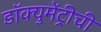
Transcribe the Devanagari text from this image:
डॉक्युमेंट्रीची